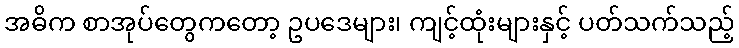
အဓိက စာအုပ်တွေကတော့ ဥပဒေများ၊ ကျင့်ထုံးများနှင့် ပတ်သက်သည့်